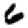
Digit: 6